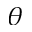
\theta